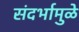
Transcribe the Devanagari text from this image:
संदर्भामुळे